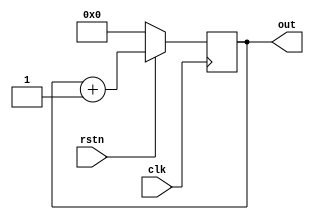
module counter (  input clk,               // Declare input port for clock to allow counter to count up
                  input rstn,              // Declare input port for reset to allow the counter to be reset to 0 when required
                  output reg[3:0] out);    // Declare 4-bit output port to get the counter values

  
  always @ (posedge clk) begin
    if (! rstn)
      out <= 0;
    else
      out <= out + 1;
  end
endmodule